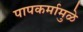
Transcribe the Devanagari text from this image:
पापकर्मामुळे